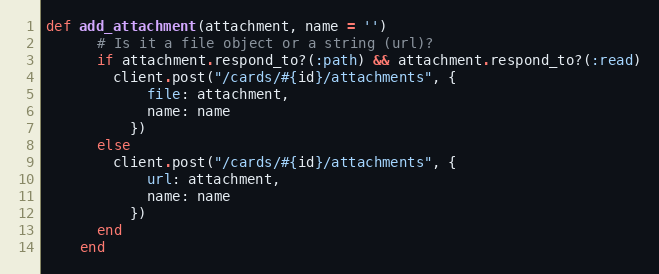
Language: Ruby
def add_attachment(attachment, name = '')
      # Is it a file object or a string (url)?
      if attachment.respond_to?(:path) && attachment.respond_to?(:read)
        client.post("/cards/#{id}/attachments", {
            file: attachment,
            name: name
          })
      else
        client.post("/cards/#{id}/attachments", {
            url: attachment,
            name: name
          })
      end
    end